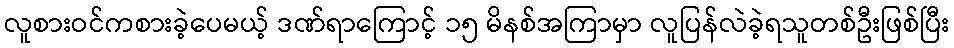
လူစားဝင်ကစားခဲ့ပေမယ့် ဒဏ်ရာကြောင့် ၁၅ မိနစ်အကြာမှာ လူပြန်လဲခဲ့ရသူတစ်ဦးဖြစ်ပြီး